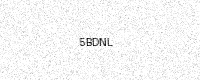
Text: 5BDNL